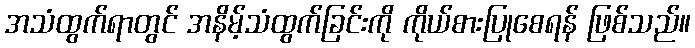
အသံထွက်ရာတွင် အနိမ့်သံထွက်ခြင်းကို ကိုယ်စားပြုစေရန် ဖြစ်သည်။